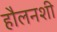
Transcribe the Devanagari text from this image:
हौलनशी